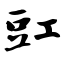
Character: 豇